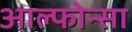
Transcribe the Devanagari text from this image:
आल्फोन्सा